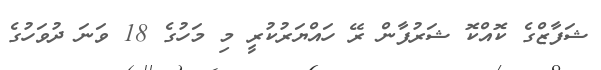
ޝަފާޒްގެ ކޮއްކޮ ޝަރުފާން ރޭ ހައްޔަރުކުރީ މި މަހުގެ 18 ވަނަ ދުވަހުގެ